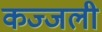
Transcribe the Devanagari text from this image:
कज्‍जली